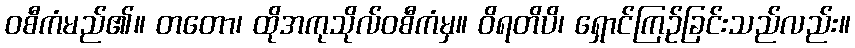
ဝစီကံမည်၏။ တတော၊ ထိုအကုသိုလ်ဝစီကံမှ။ ဝိရတိပိ၊ ရှောင်ကြဉ်ခြင်းသည်လည်း။